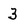
Character: 3